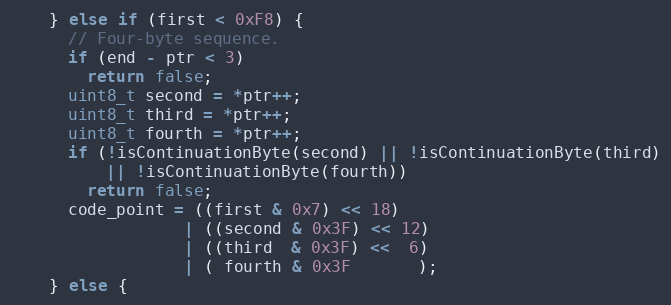
Language: C++
    } else if (first < 0xF8) {
      // Four-byte sequence.
      if (end - ptr < 3)
        return false;
      uint8_t second = *ptr++;
      uint8_t third = *ptr++;
      uint8_t fourth = *ptr++;
      if (!isContinuationByte(second) || !isContinuationByte(third)
          || !isContinuationByte(fourth))
        return false;
      code_point = ((first & 0x7) << 18)
                  | ((second & 0x3F) << 12)
                  | ((third  & 0x3F) <<  6)
                  | ( fourth & 0x3F       );
    } else {